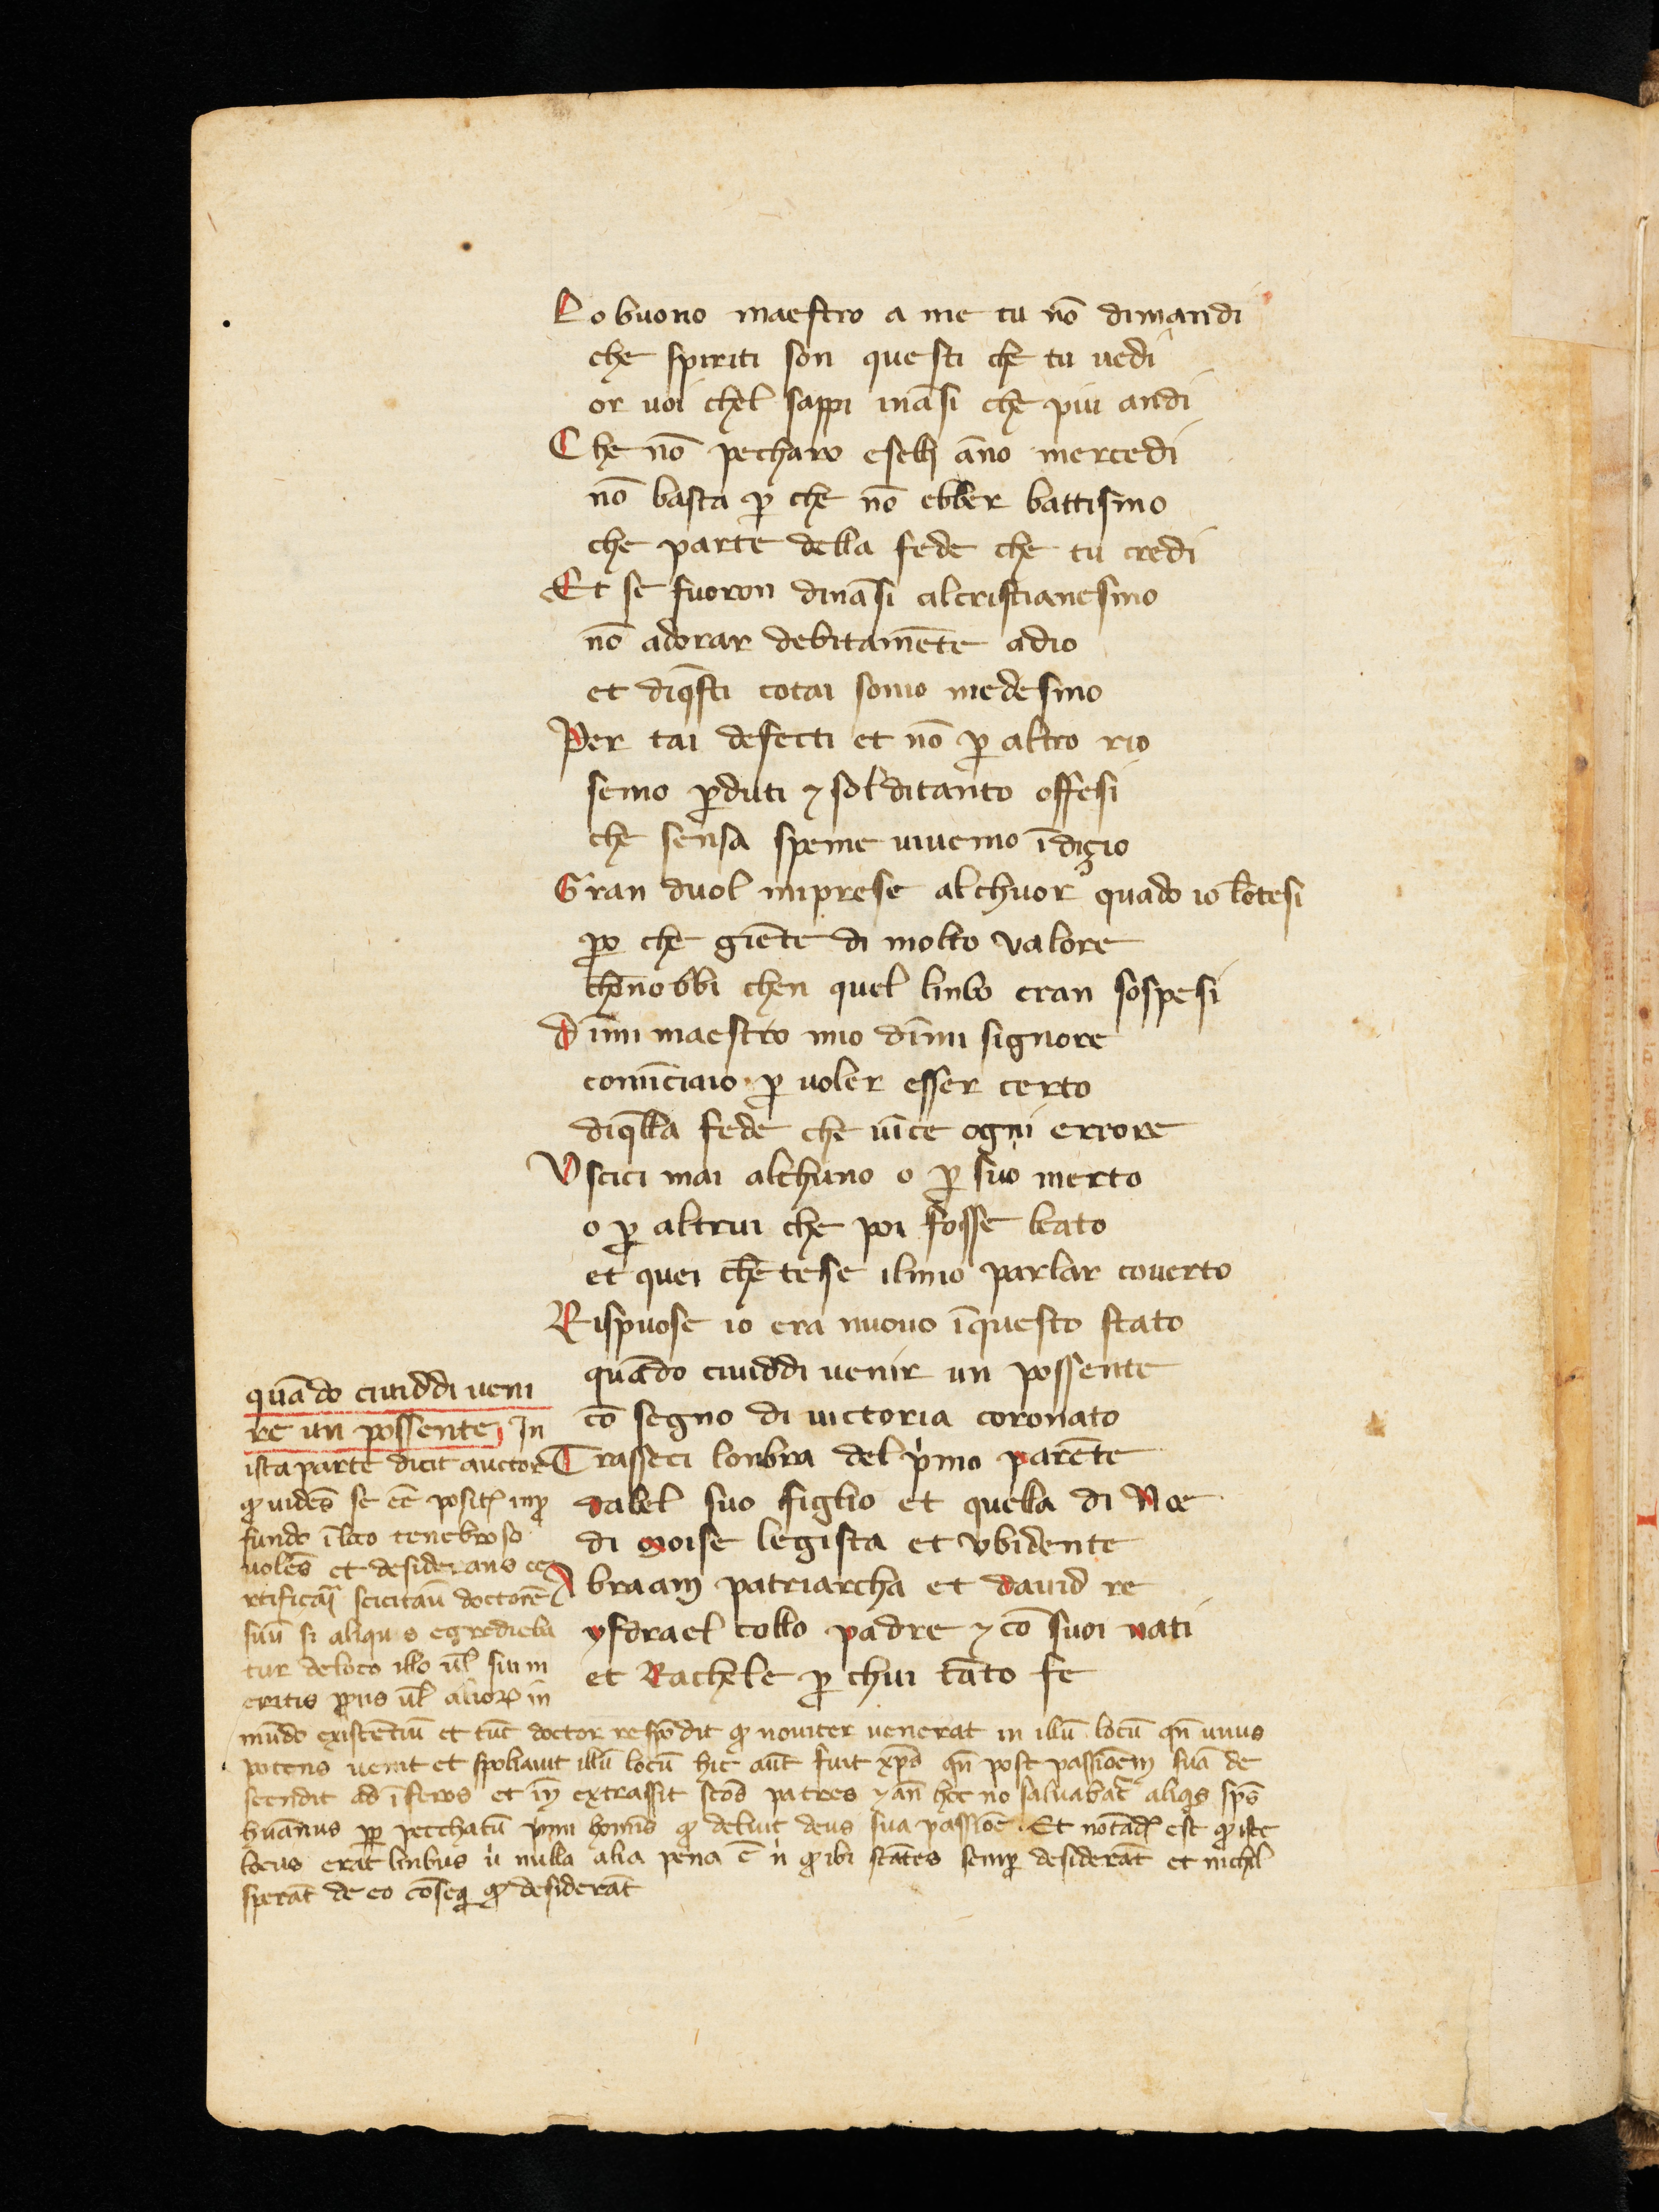
Shelfmark: Cologny-Geneve, Fondation Martin Bodmer, Cod. Bodmer 55
Century: 14